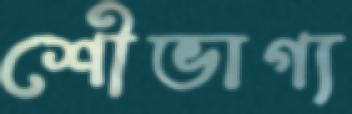
শৌভাগ্য